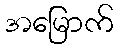
အမြောက်